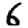
Digit: 6